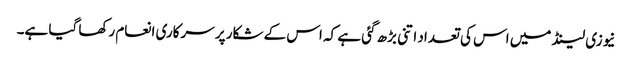
نیوزی لینڈ میں اس کی تعداد اتنی بڑھ گئی ہے کہ اس کے شکار پر سرکاری انعام رکھا گیا ہے۔